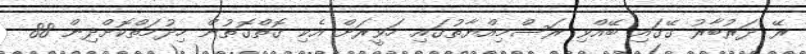
ރޭ ދަރުބާރު ގޭގައި ބޭއްވި ރަސްމިއްޔާތުގައި ހަވީރަށް އެކި ގޮތްގޮތުން ހިދުމަތްކޮށްދިން 88